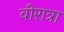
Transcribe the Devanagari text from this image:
वीरात्रा